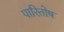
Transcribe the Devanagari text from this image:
पारितोष